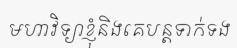
មហាវិទ្យាខ្ញុំនិងគេបន្តទាក់ទង